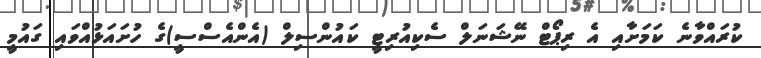
ކުރައްވާނެ ކަމަށާއި އެ ރިޕޯޓް ނޭޝަނަލް ސެކިއުރިޓީ ކައުންސިލް (އެންއެސްސީ)ގެ ހުށައަޅުއްވައި ގައުމީ